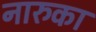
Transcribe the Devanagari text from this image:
नारुका